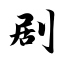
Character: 剧